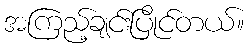
အကြည့်ချင်းပြိုင်တယ်။